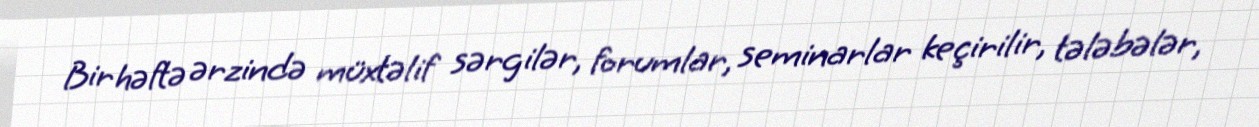
Bir həftə ərzində müxtəlif sərgilər, forumlar, seminarlar keçirilir, tələbələr,